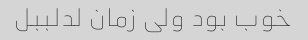
خوب بود ولی زمان لدلببل